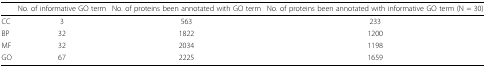
|  | No. of informative GO term | No. of proteins been annotated with GO term | No. of proteins been annotated with informative GO term (N = 30) |
 | --- | --- | --- | --- |
 | CC | 3 | 563 | 233 |
 | BP | 32 | 1822 | 1200 |
 | MF | 32 | 2034 | 1198 |
 | GO | 67 | 2225 | 1659 |